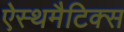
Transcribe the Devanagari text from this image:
ऐस्थमैटिक्स